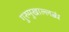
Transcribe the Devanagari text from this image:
गुरुमुखाल्लब्धं